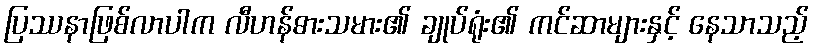
ပြဿနာဖြစ်လာပါက လီဟန်ဓားသမား၏ ချုပ်ရုံး၏ ကင်ဆာများနှင့် နေသာသည့်